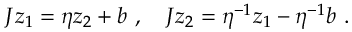
J z _ { 1 } = \eta z _ { 2 } + b ~ , ~ ~ ~ J z _ { 2 } = \eta ^ { - 1 } z _ { 1 } - \eta ^ { - 1 } b ~ .